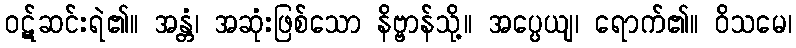
ဝဋ်ဆင်းရဲ၏။ အန္တံ၊ အဆုံးဖြစ်သော နိဗ္ဗာန်သို့။ အပ္ပေယျ၊ ရောက်၏။ ဝိသမေ၊